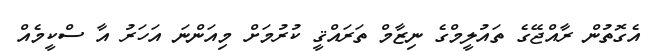
އެގޮތުން ރާއްޖޭގެ ތައުލީމްގެ ނިޒާމް ތަރައްޤީ ކުރުމަށް މިއަންނަ އަހަރު އާ ސްކީމެއް